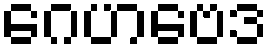
ဂေဟဗေဒ